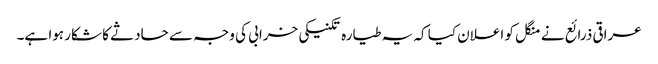
عراقی ذرائع نے منگل کو اعلان کیا کہ یہ طیارہ تکنیکی خرابی کی وجہ سے حادثے کا شکار ہوا ہے۔